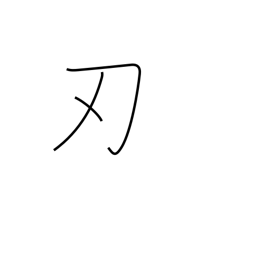
Meaning: edge